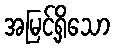
အမြင့်ရှိသော